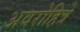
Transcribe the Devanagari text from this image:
अवरोहित्रे